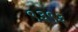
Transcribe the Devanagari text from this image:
९३९३